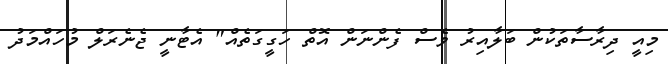
މިއީ ދިރާސާތަކުން ބަލާއިރު ވެސް ފެންނަން އޮތް ހަގީގަތެއް" އެޓާނީ ޖެނެރަލް މުހައްމަދު